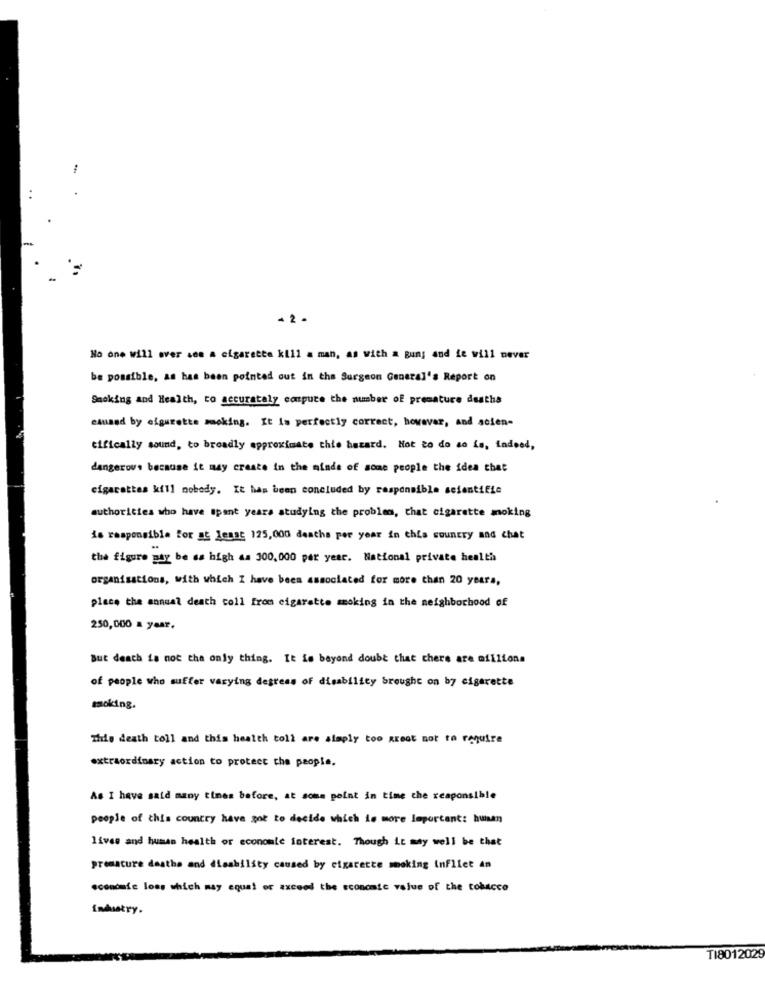
- 2 -
No one will ever see a cigarette kill a man, as with a gun; and fe will never
be possible, as has been pointed out in the Surgeon General's Report on
Smoking and Health, to accurately compute the number of premature dusths
caused by cigarette smoking. It Is perfectly correct, however, and acien-
tifically sound, to broadly approximate thie hazard. Hot to do so is, indeed,
dangerous because it may create in the minds of some people the idea that
cigarettes kill nobody. It has been concluded by responsible scientific
authorities who have spent years studying the problem, that cigarette moking
is responsible for at Least 125,000 deaths per year in this country and chat
the figure may be as high as 300,000 per year. National private health
organisations, with which I have been associated for more than 20 years,
place the annual death coll from cigarette smoking in the neighborhood of
250,000 a year.
But death is not the only thing. It is beyond doubt that there are millions
of people who suffer varying degrees of disability brought on by cigarette
smoking.
This death toll and this health toll are simply too great not to require
extraordinary action to protect the people.
As I have said many times before, at some point in time the responsible
people of this country have got to decide which is more Important: human
lives and human health or economie interest. Though it may well be that
premacure dasthe and disability caused by cigarette smoking inflict An
.concafe loss which may equal of axceed the economic value of the tobacco
Industry.
TI801202